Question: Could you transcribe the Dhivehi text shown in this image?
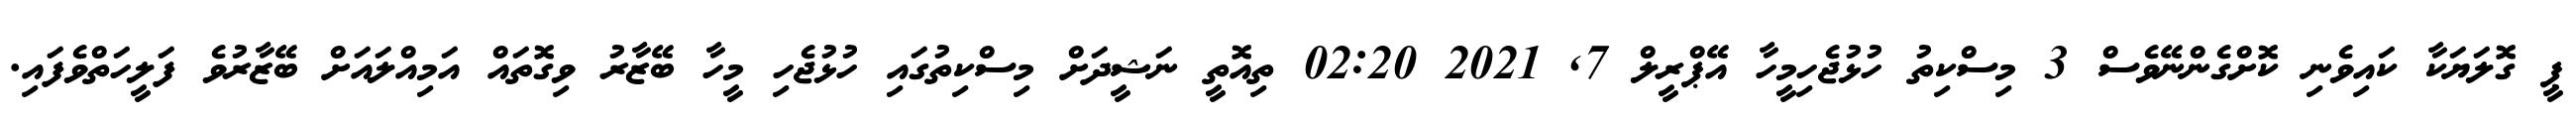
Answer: ޕީ ގޮލަޔަކާ ކައިވެނި ކޮށްގެންނޭވެސް 3 މިސްކިތު ހުޅުޖެހިމީހާ އޭޕްރީލް 7, 2021 02:20 ތިއޮތީ ނަޝީދަށް މިސްކިތުގައި ހުޅުޖެހި މީހާ ބޭޒާރު ވިގޮތައް އަމިއްލައަށް ބޭޒާރުވެ ފަލީހަތްވެފައި.